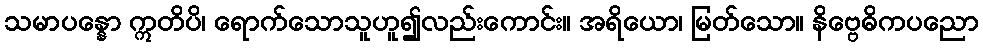
သမာပန္နော ဣတိပိ၊ ရောက်သောသူဟူ၍လည်းကောင်း။ အရိယော၊ မြတ်သော။ နိဗ္ဗေဓိကပညော